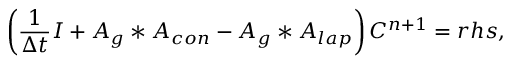
\left( \frac { 1 } { \Delta t } \boldsymbol { I } + \boldsymbol { A } _ { g } * \boldsymbol { A } _ { c o n } - \boldsymbol { A } _ { g } * \boldsymbol { A } _ { l a p } \right) C ^ { n + 1 } = \boldsymbol { r h s } ,